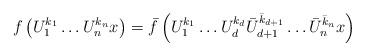
LaTeX: \begin{align*}f\left(U_1^{k_1}\ldots U_n^{k_n} x\right)=\bar f\left(U_1^{ k_1}\ldots U_d^{ k_d}\bar U_{d+1}^{\bar k_{d+1}}\ldots \bar U_{n}^{\bar k_{n}}x\right)\end{align*}